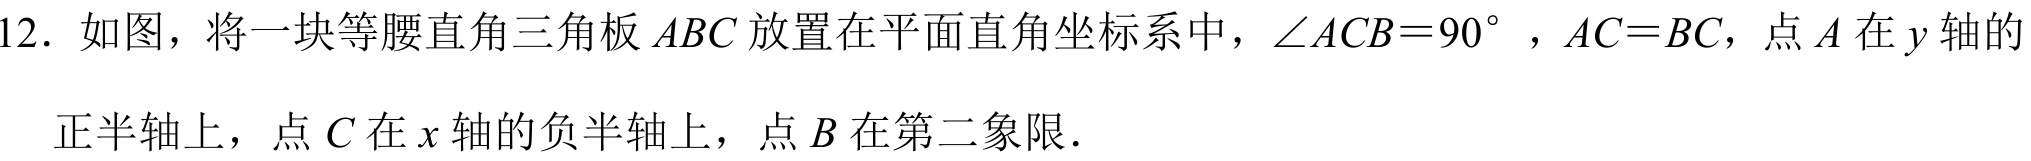
12. 如图，将一块等腰直角三角板\(ABC\)放置在平面直角坐标系中，\(\angle ACB = 90^{\circ}\)，\(AC = BC\)，点\(A\)在\(y\)轴的正半轴上，点\(C\)在\(x\)轴的负半轴上，点\(B\)在第二象限．